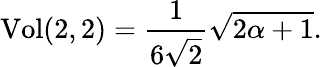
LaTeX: \mathrm{Vol}(2,2)=\frac{1}{6\sqrt{2}}\sqrt{2\alpha+1}.